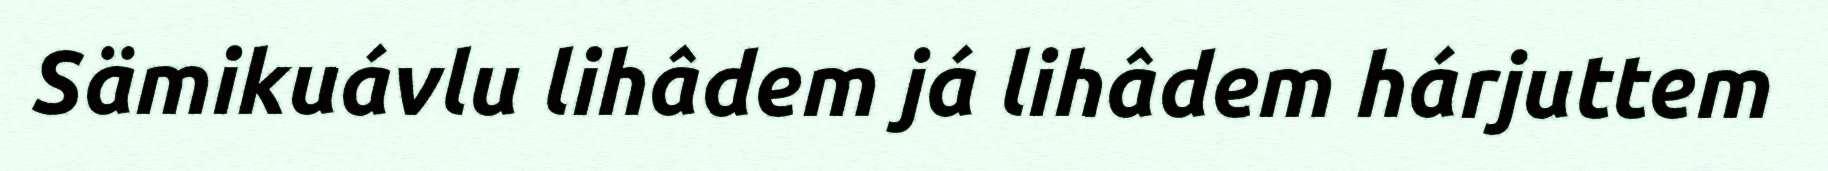
Sämikuávlu lihâdem já lihâdem hárjuttem